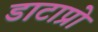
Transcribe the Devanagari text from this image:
डाटाप्रो